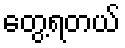
တွေ့ရတယ်